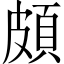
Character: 頗